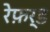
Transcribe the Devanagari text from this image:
रेफ़र्ड